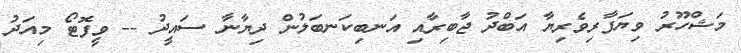
މަޝްހޫރު ވިޔަފާރިވެރިޔާ އަބްދު ޖާބިރާއި އަނބިކަނބަލުން ދިޔާނާ ސައީދު -- ވީފޮޓޯ މިއަދު